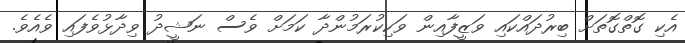
އެކި ގޮތްގޮތަށް ބިރުދައްކައި ވަޒީފާއިން ވަކިކުރަމުންދާ ކަމަށް ވެސް ނަޝީދު ވިދާޅުވެފައި ވެއެވެ.